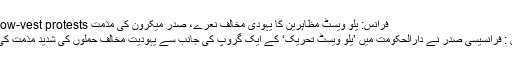
فرانس: یلو ویسٹ مظاہرین کا یہودی مخالف نعرے، صدر میکرون کی مذمت Yellow-vest protests
پیرس : فرانسیسی صدر نے دارالحکومت میں ’یلو ویسٹ تحریک‘ کے ایک گروپ کی جانب سے یہودیت مخالف حملوں کی شدید مذمت کی ہے۔